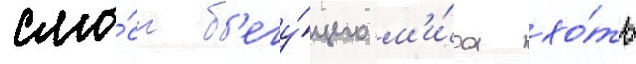
смы́сл б'егу́щего м'и́ра хо́ть